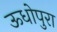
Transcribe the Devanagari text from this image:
ऊधोपुरा